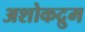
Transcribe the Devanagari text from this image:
अशोकद्रुम